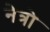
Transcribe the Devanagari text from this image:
नेत्रो